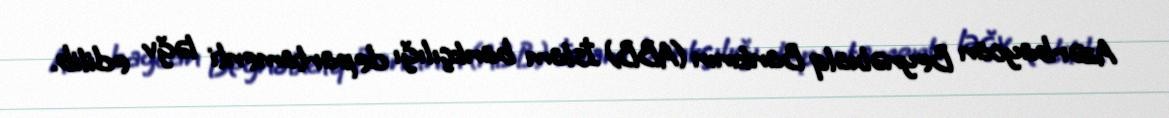
Azərbaycan Beynəlxalq Bankının (ABB) İslam bankçılığı departamenti ləğv edilib.